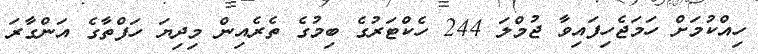
ހިއްކުމަށް ހަމަޖެހިފައިވާ ޖުމްލަ 244 ހެކްޓަރުގެ ބިމުގެ ތެރެއިން މިދިޔަ ހަފްތާގެ އަންގާރަ